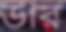
উরি